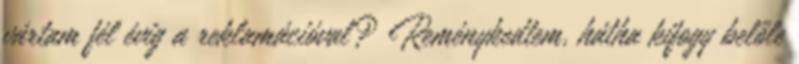
vártam fél évig a reklamációval? Reménykedtem, hátha kifogy belőle